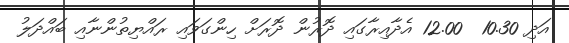
އަދި 10.30  12.00 އެދާއިރާގައި ދޮރުން ދޮރަށް ހިންގަވައި ރައްޔިތުންނާއި ބައްދަލު